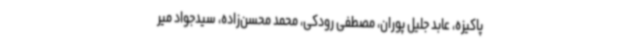
پاکیزه، عابد جلیل پوران، مصطفی رودکی، محمد محسن‌زاده، سیدجواد میر